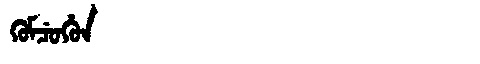
Manchu: ᡴᡠᠮᠴᡠᡥᡠᠨ
Romanization: KUMCUHUN